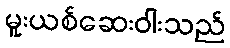
မူးယစ်ဆေးဝါးသည်